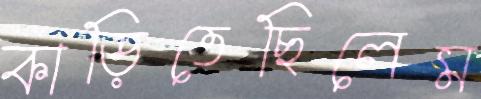
কাড়িতেছিলেম